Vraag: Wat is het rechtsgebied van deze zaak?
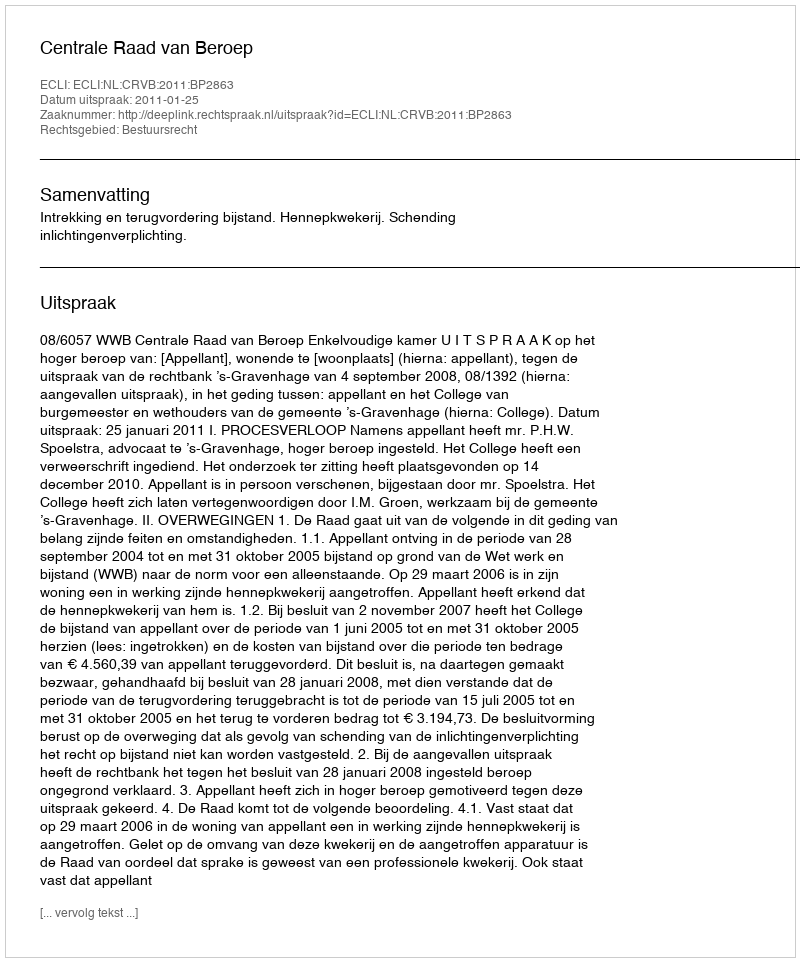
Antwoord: Bestuursrecht